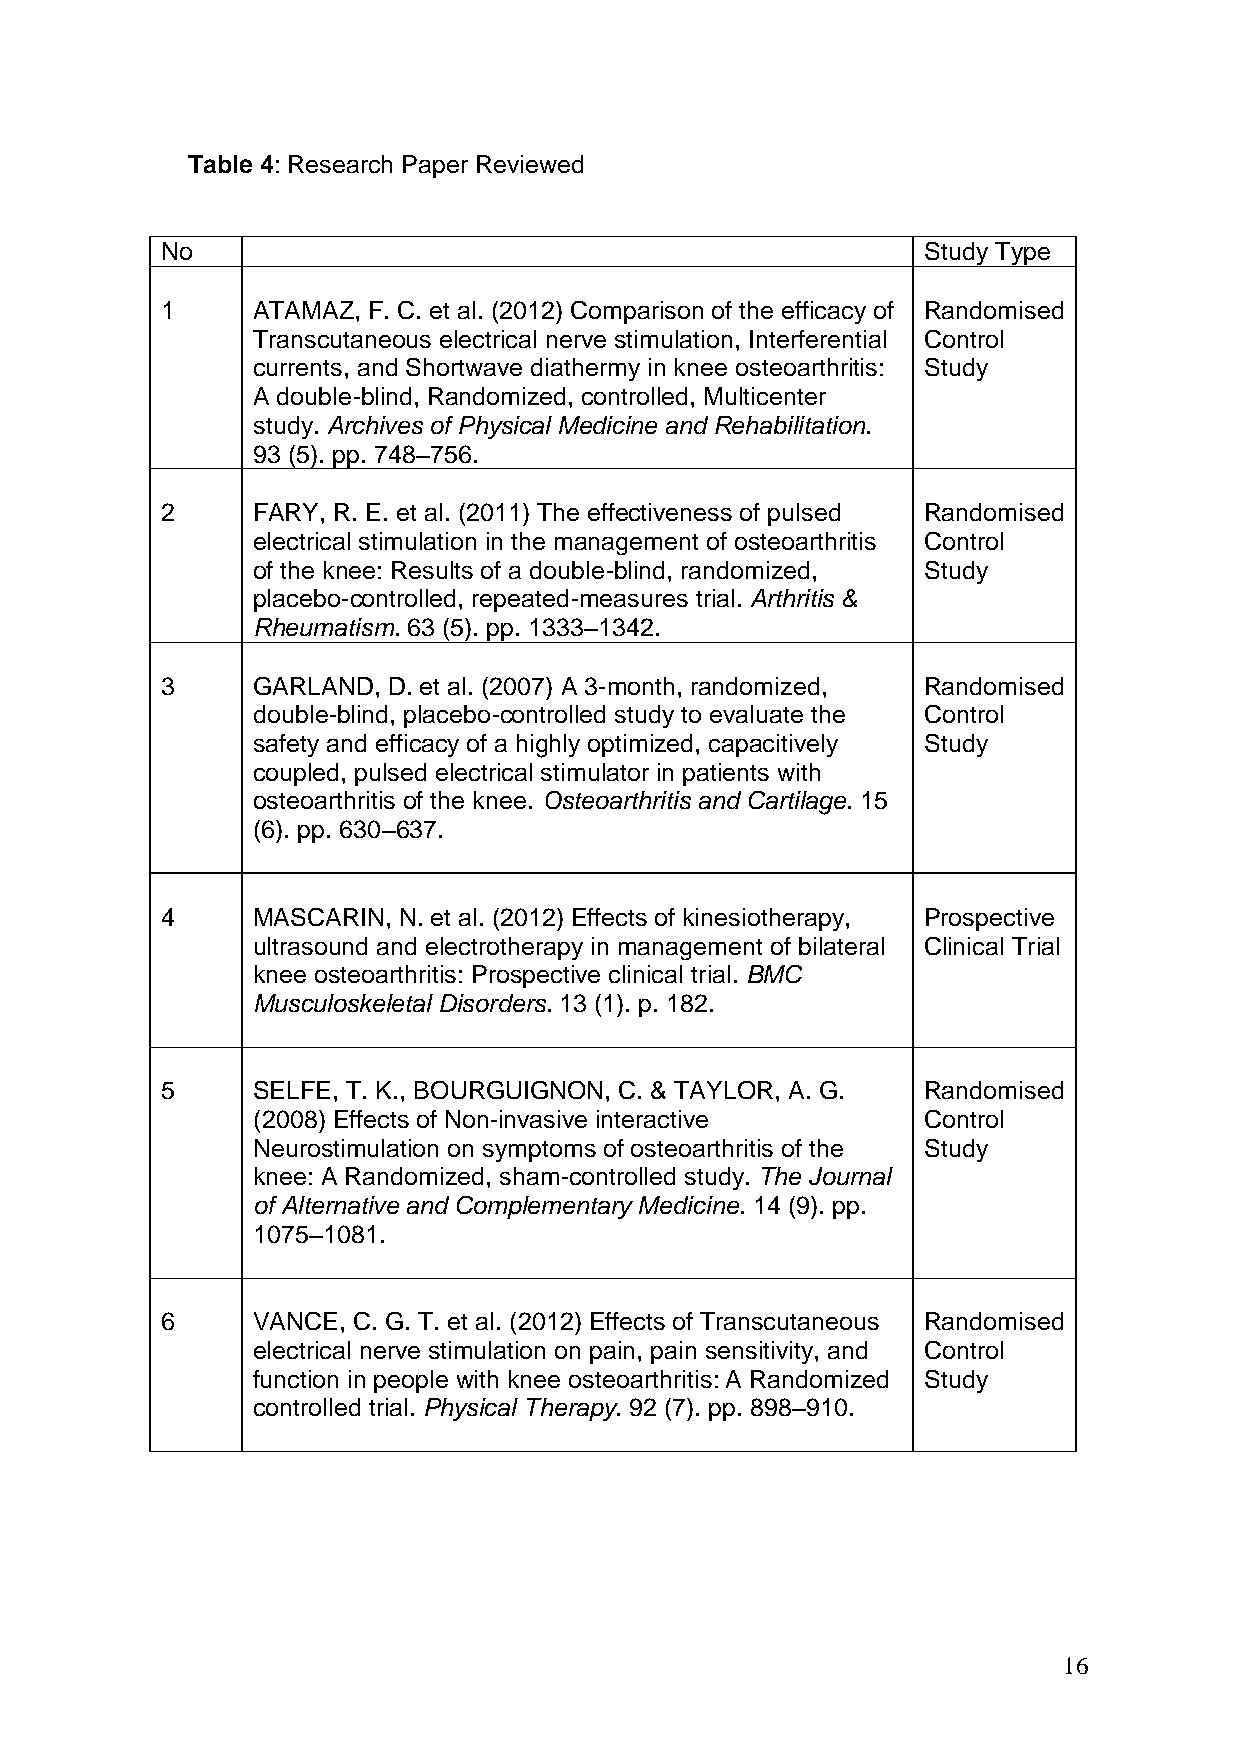
Table 4: Research Paper Reviewed
 No                                                Study Type
 1     ATAMAZ, F. C. et al. (2012) Comparison of the efficacy of Randomised
 Transcutaneous electrical nerve stimulation, Interferential Control
 currents, and Shortwave diathermy in knee osteoarthritis: Study
 A double-blind, Randomized, controlled, Multicenter
 study. Archives of Physical Medicine and Rehabilitation.
 93 (5). pp. 748–756.
 2     FARY, R. E. et al. (2011) The effectiveness of pulsed Randomised
 electrical stimulation in the management of osteoarthritis Control
 of the knee: Results of a double-blind, randomized, Study
 placebo-controlled, repeated-measures trial. Arthritis &
 Rheumatism. 63 (5). pp. 1333–1342.
 3     GARLAND, D. et al. (2007) A 3-month, randomized, Randomised
 double-blind, placebo-controlled study to evaluate the Control
 safety and efficacy of a highly optimized, capacitively Study
 coupled, pulsed electrical stimulator in patients with
 osteoarthritis of the knee. Osteoarthritis and Cartilage. 15
 (6). pp. 630–637.
 4     MASCARIN, N. et al. (2012) Effects of kinesiotherapy, Prospective
 ultrasound and electrotherapy in management of bilateral Clinical Trial
 knee osteoarthritis: Prospective clinical trial. BMC
 Musculoskeletal Disorders. 13 (1). p. 182.
 5     SELFE, T. K., BOURGUIGNON, C. & TAYLOR, A. G. Randomised
 (2008) Effects of Non-invasive interactive  Control
 Neurostimulation on symptoms of osteoarthritis of the Study
 knee: A Randomized, sham-controlled study. The Journal
 of Alternative and Complementary Medicine. 14 (9). pp.
 1075–1081.
 6     VANCE, C. G. T. et al. (2012) Effects of Transcutaneous Randomised
 electrical nerve stimulation on pain, pain sensitivity, and Control
 function in people with knee osteoarthritis: A Randomized Study
 controlled trial. Physical Therapy. 92 (7). pp. 898–910.
 16